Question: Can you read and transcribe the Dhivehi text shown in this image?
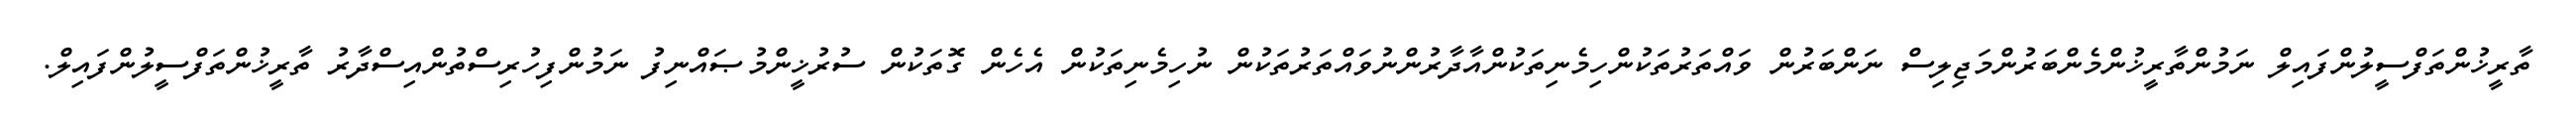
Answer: ތާރީޚުންތަފްސީލުންފައިލް ނަމުންތާރީޚުންމެންބަރުންމަޖިލިސް ނަންބަރުން ވައްތަރުތަކުންހިމެނިތަކުންއާދާރުންނުވައްތަރުތަކުން ނުހިމެނިތަކުން އެހެން ގޮތަކުން ސުރުޚީންމުޞައްނިފު ނަމުންފިހުރިސްތުންއިސްދާރު ތާރީޚުންތަފްސީލުންފައިލް.